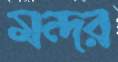
মন্দর